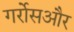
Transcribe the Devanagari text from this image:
गर्रोसऔर